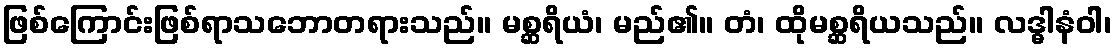
ဖြစ်ကြောင်းဖြစ်ရာသဘောတရားသည်။ မစ္ဆရိယံ၊ မည်၏။ တံ၊ ထိုမစ္ဆရိယသည်။ လဒ္ဓါနံဝါ၊